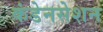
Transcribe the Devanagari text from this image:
कंडेनसेशन